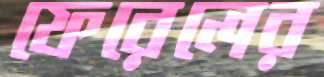
ফেরেলের